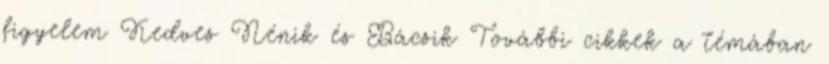
figyelem Kedves Nénik és Bácsik További cikkek a témában